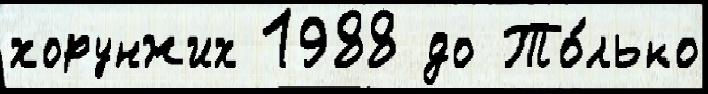
хорунжих 1988 до То́лько